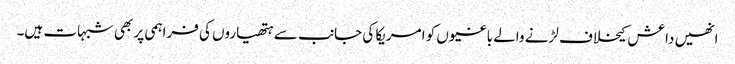
انھیں داعش کیخلاف لڑنے والے باغیوں کو امریکا کی جانب سے ہتھیاروں کی فراہمی پر بھی شبہات ہیں۔